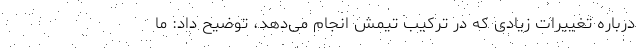
درباره تغییرات زیادی که در ترکیب تیمش انجام می‌دهد، توضیح داد: ما